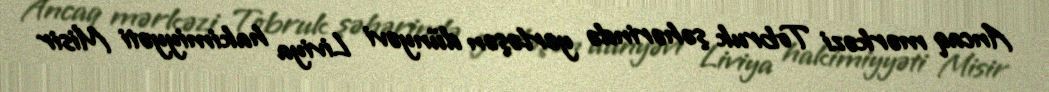
Ancaq mərkəzi Tobruk şəhərində yerləşən dünyəvi Liviya hakimiyyəti Misir